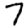
Digit: 7